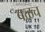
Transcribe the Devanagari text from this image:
बळच